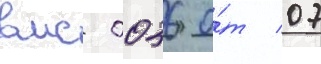
вмс 0036 о́т 07